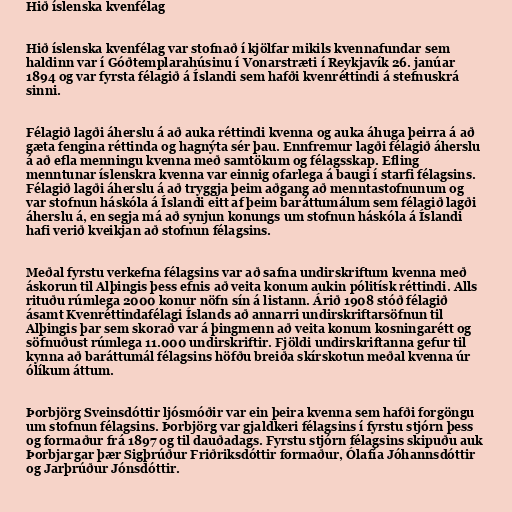
Hið íslenska kvenfélag

Hið íslenska kvenfélag var stofnað í kjölfar mikils kvennafundar sem
haldinn var í Góðtemplarahúsinu í Vonarstræti í Reykjavík 26. janúar
1894 og var fyrsta félagið á Íslandi sem hafði kvenréttindi á stefnuskrá
sinni.

Félagið lagði áherslu á að auka réttindi kvenna og auka áhuga þeirra á að
gæta fengina réttinda og hagnýta sér þau. Ennfremur lagði félagið áherslu
á að efla menningu kvenna með samtökum og félagsskap. Efling
menntunar íslenskra kvenna var einnig ofarlega á baugi í starfi félagsins.
Félagið lagði áherslu á að tryggja þeim aðgang að menntastofnunum og
var stofnun háskóla á Íslandi eitt af þeim baráttumálum sem félagið lagði
áherslu á, en segja má að synjun konungs um stofnun háskóla á Íslandi
hafi verið kveikjan að stofnun félagsins.

Meðal fyrstu verkefna félagsins var að safna undirskriftum kvenna með
áskorun til Alþingis þess efnis að veita konum aukin pólitísk réttindi. Alls
rituðu rúmlega 2000 konur nöfn sín á listann. Árið 1908 stóð félagið
ásamt Kvenréttindafélagi Íslands að annarri undirskriftarsöfnun til
Alþingis þar sem skorað var á þingmenn að veita konum kosningarétt og
söfnuðust rúmlega 11.000 undirskriftir. Fjöldi undirskriftanna gefur til
kynna að baráttumál félagsins höfðu breiða skírskotun meðal kvenna úr
ólíkum áttum.

Þorbjörg Sveinsdóttir ljósmóðir var ein þeira kvenna sem hafði forgöngu
um stofnun félagsins. Þorbjörg var gjaldkeri félagsins í fyrstu stjórn þess
og formaður frá 1897 og til dauðadags. Fyrstu stjórn félagsins skipuðu auk
Þorbjargar þær Sigþrúður Friðriksdóttir formaður, Ólafía Jóhannsdóttir
og Jarþrúður Jónsdóttir.